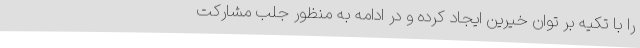
را با تکیه بر توان خیرین ایجاد کرده و در ادامه به منظور جلب مشارکت